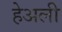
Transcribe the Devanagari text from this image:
हेअली